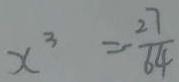
x ^ { 3 } = \frac { 2 7 } { 6 4 }